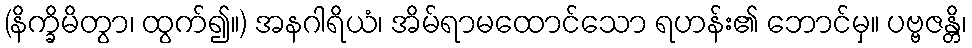
(နိက္ခိမိတွာ၊ ထွက်၍။) အနဂါရိယံ၊ အိမ်ရာမထောင်သော ရဟန်း၏ ဘောင်မှ။ ပဗ္ဗဇန္တိ၊